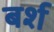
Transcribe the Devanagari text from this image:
बर्श